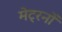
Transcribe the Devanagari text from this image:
मेट्रनों